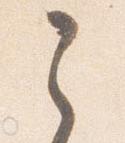
之